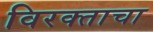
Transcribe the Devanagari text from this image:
विरक्ताचा